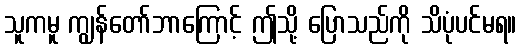
သူကမူ ကျွန်တော်ဘာကြောင့် ဤသို့ ပြောသည်ကို သိပုံပင်မရ။